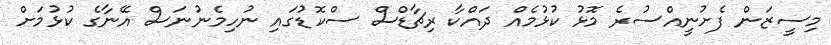
މިސީޒަން ފެށުނީއްސުރެ މޮޅު ކުޅުމެއް ދައްކާ ރިޗާޑްސް ސްކޮޑުގައި ނުހިމެނުނަސް އޭނާގެ ކުޅުމަށް